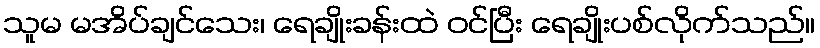
သူမ မအိပ်ချင်သေး၊ ရေချိုးခန်းထဲ ဝင်ပြီး ရေချိုးပစ်လိုက်သည်။